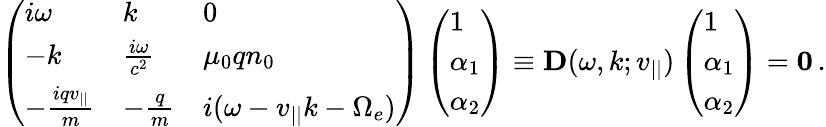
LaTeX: \left(\begin{array}{lll}{i\omega}&{k}&{0}\\ {-k}&{\frac{i\omega}{c^{2}}}&{\mu_{0}qn_{0}}\\ {-\frac{iqv_{||}}{m}}&{-\frac{q}{m}}&{i(\omega-v_{||}k-\Omega_{e})}\end{array}\right)\left(\begin{array}{l}{1}\\ {\alpha_{1}}\\ {\alpha_{2}}\end{array}\right)\equiv{\mathbf D}(\omega,k;v_{||})\left(\begin{array}{l}{1}\\ {\alpha_{1}}\\ {\alpha_{2}}\end{array}\right)={\mathbf 0}\, .